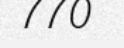
770